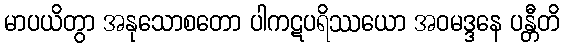
မာပယိတွာ အနုသောစတော ပါကဋပရိဿယော အဝမဒ္ဒနေ ပန္တီတိ